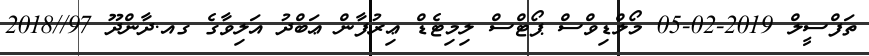
ތަފްސީލް 2019-02-05 މޯލްޑިވްސް ޕޯޓްސް ލިމިޓެޑް ޢިރުފާން ޢަބްދު އަލިވާގެ ގއ.ދާންދޫ 97//2018